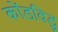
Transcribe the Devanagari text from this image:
कोंडविडु